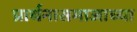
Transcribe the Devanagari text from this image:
प्रार्थनासमाजाच्या